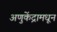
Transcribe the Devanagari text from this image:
अणुकेंद्रामधून